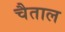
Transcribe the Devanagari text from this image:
चैताल